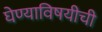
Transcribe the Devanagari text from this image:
घेण्याविषयीची